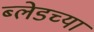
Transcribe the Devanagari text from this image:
ब्लेडच्या